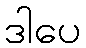
ဒါပေ